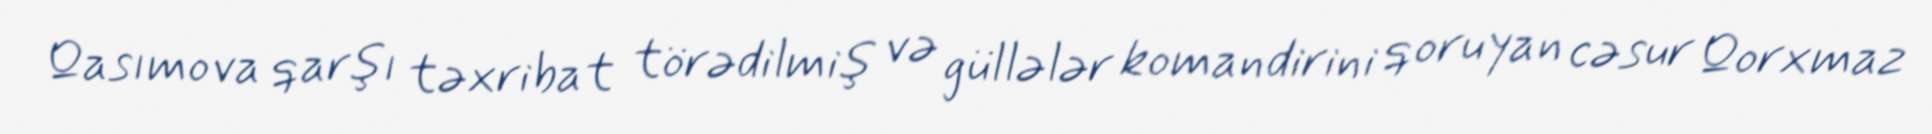
Qasımova qarşı təxribat törədilmiş və güllələr komandirini qoruyan cəsur Qorxmaz